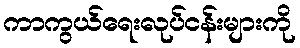
ကာကွယ်ရေးလုပ်ငန်းများကို